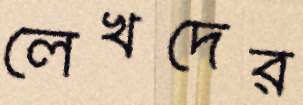
লেখদের